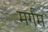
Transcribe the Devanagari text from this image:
मर्गम